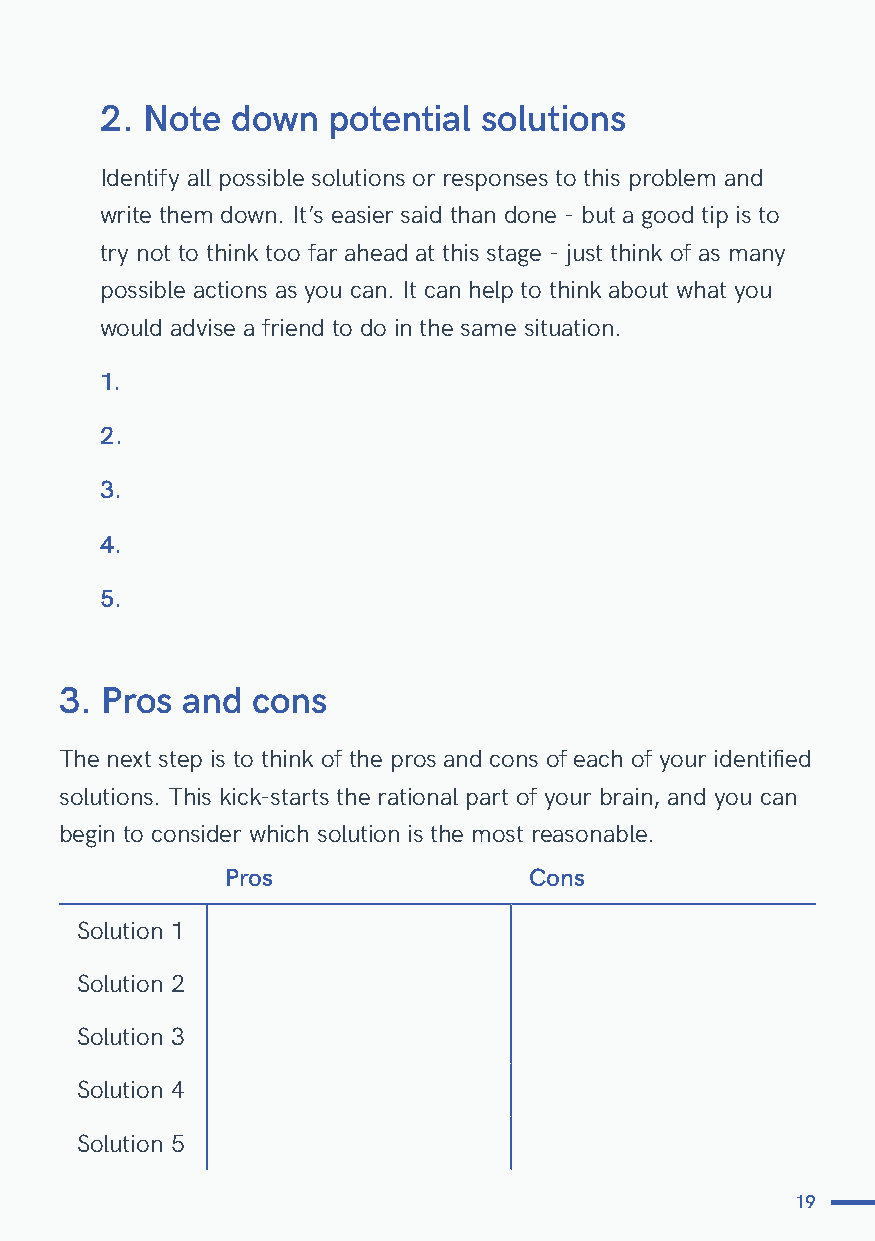
2. Note down   potential solutions
 Identify all possible solutions or responses to this problem and
 write them down. It’s easier said than done - but a good tip is to
 try not to think too far ahead at this stage - just think of as many
 possible actions as you can. It can help to think about what you
 would advise a friend to do in the same situation.
 1.
 2.
 3.
 4.
 5.
 3. Pros and  cons
 The next step is to think of the pros and cons of each of your identified
 solutions. This kick-starts the rational part of your brain, and you can
 begin to consider which solution is the most reasonable.
 Pros                Cons
 Solution 1
 Solution 2
 Solution 3
 Solution 4
 Solution 5
 19